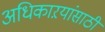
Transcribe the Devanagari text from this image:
अधिकाऱयांसाठी